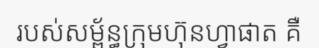
របស់សម្ព័ន្ធក្រុមហ៊ុនហ្វាផាត គឺ